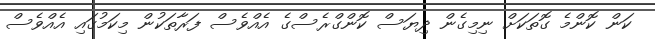
ކަން ކޮންމެ ގޮތަކަށް ނިމިގެން ދިޔަސް ކޮންގްރެސްގެ އެއްވެސް ފަރާތަކުން މިކަމުގައި އެއްވެސް